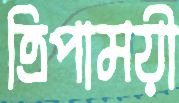
ত্রিপাময়ী